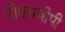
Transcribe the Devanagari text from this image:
टीएमबीपी